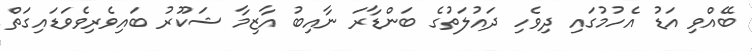
ބޭއްވި އަޑު އެހުމުގައި ދިވެހި ދައުލަތުގެ ބަންޑާރަ ނާއިބު އާޒިމާ ޝަކޫރު ބައިވެރިވެވަޑައިގަތް